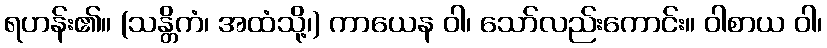
ရဟန်း၏။ (သန္တိကံ၊ အထံသို့၊) ကာယေန ဝါ၊ သော်လည်းကောင်း။ ဝါစာယ ဝါ၊